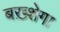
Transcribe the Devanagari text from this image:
बख़्शेगा